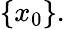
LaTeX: \{ x_{0}\} .